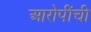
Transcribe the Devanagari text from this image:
आरोपींची